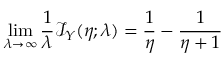
\operatorname* { l i m } _ { \lambda \to \infty } \frac { 1 } { \lambda } { \mathcal { I } _ { Y } ( \eta ; \lambda ) } = \frac { 1 } { \eta } - \frac { 1 } { \eta + 1 }